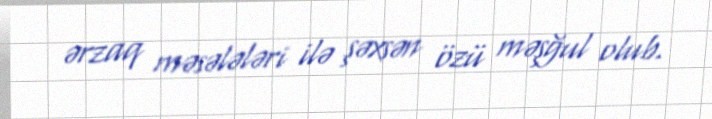
ərzaq məsələləri ilə şəxsən özü məşğul olub.